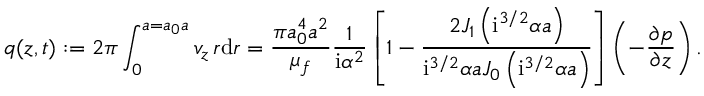
q ( z , t ) : = 2 \pi \int _ { 0 } ^ { a = a _ { 0 } \mathfrak { a } } v _ { z } \, r \mathrm { d } r = \frac { \pi a _ { 0 } ^ { 4 } \mathfrak { a } ^ { 2 } } { \mu _ { f } } \frac { 1 } { \mathrm { i } \alpha ^ { 2 } } \left[ 1 - \frac { 2 J _ { 1 } \left( \mathrm { i } ^ { 3 / 2 } { \alpha } \mathfrak { a } \right) } { \mathrm { i } ^ { 3 / 2 } { \alpha } \mathfrak { a } J _ { 0 } \left( \mathrm { i } ^ { 3 / 2 } { \alpha } \mathfrak { a } \right) } \right] \left( - \frac { \partial p } { \partial z } \right) .